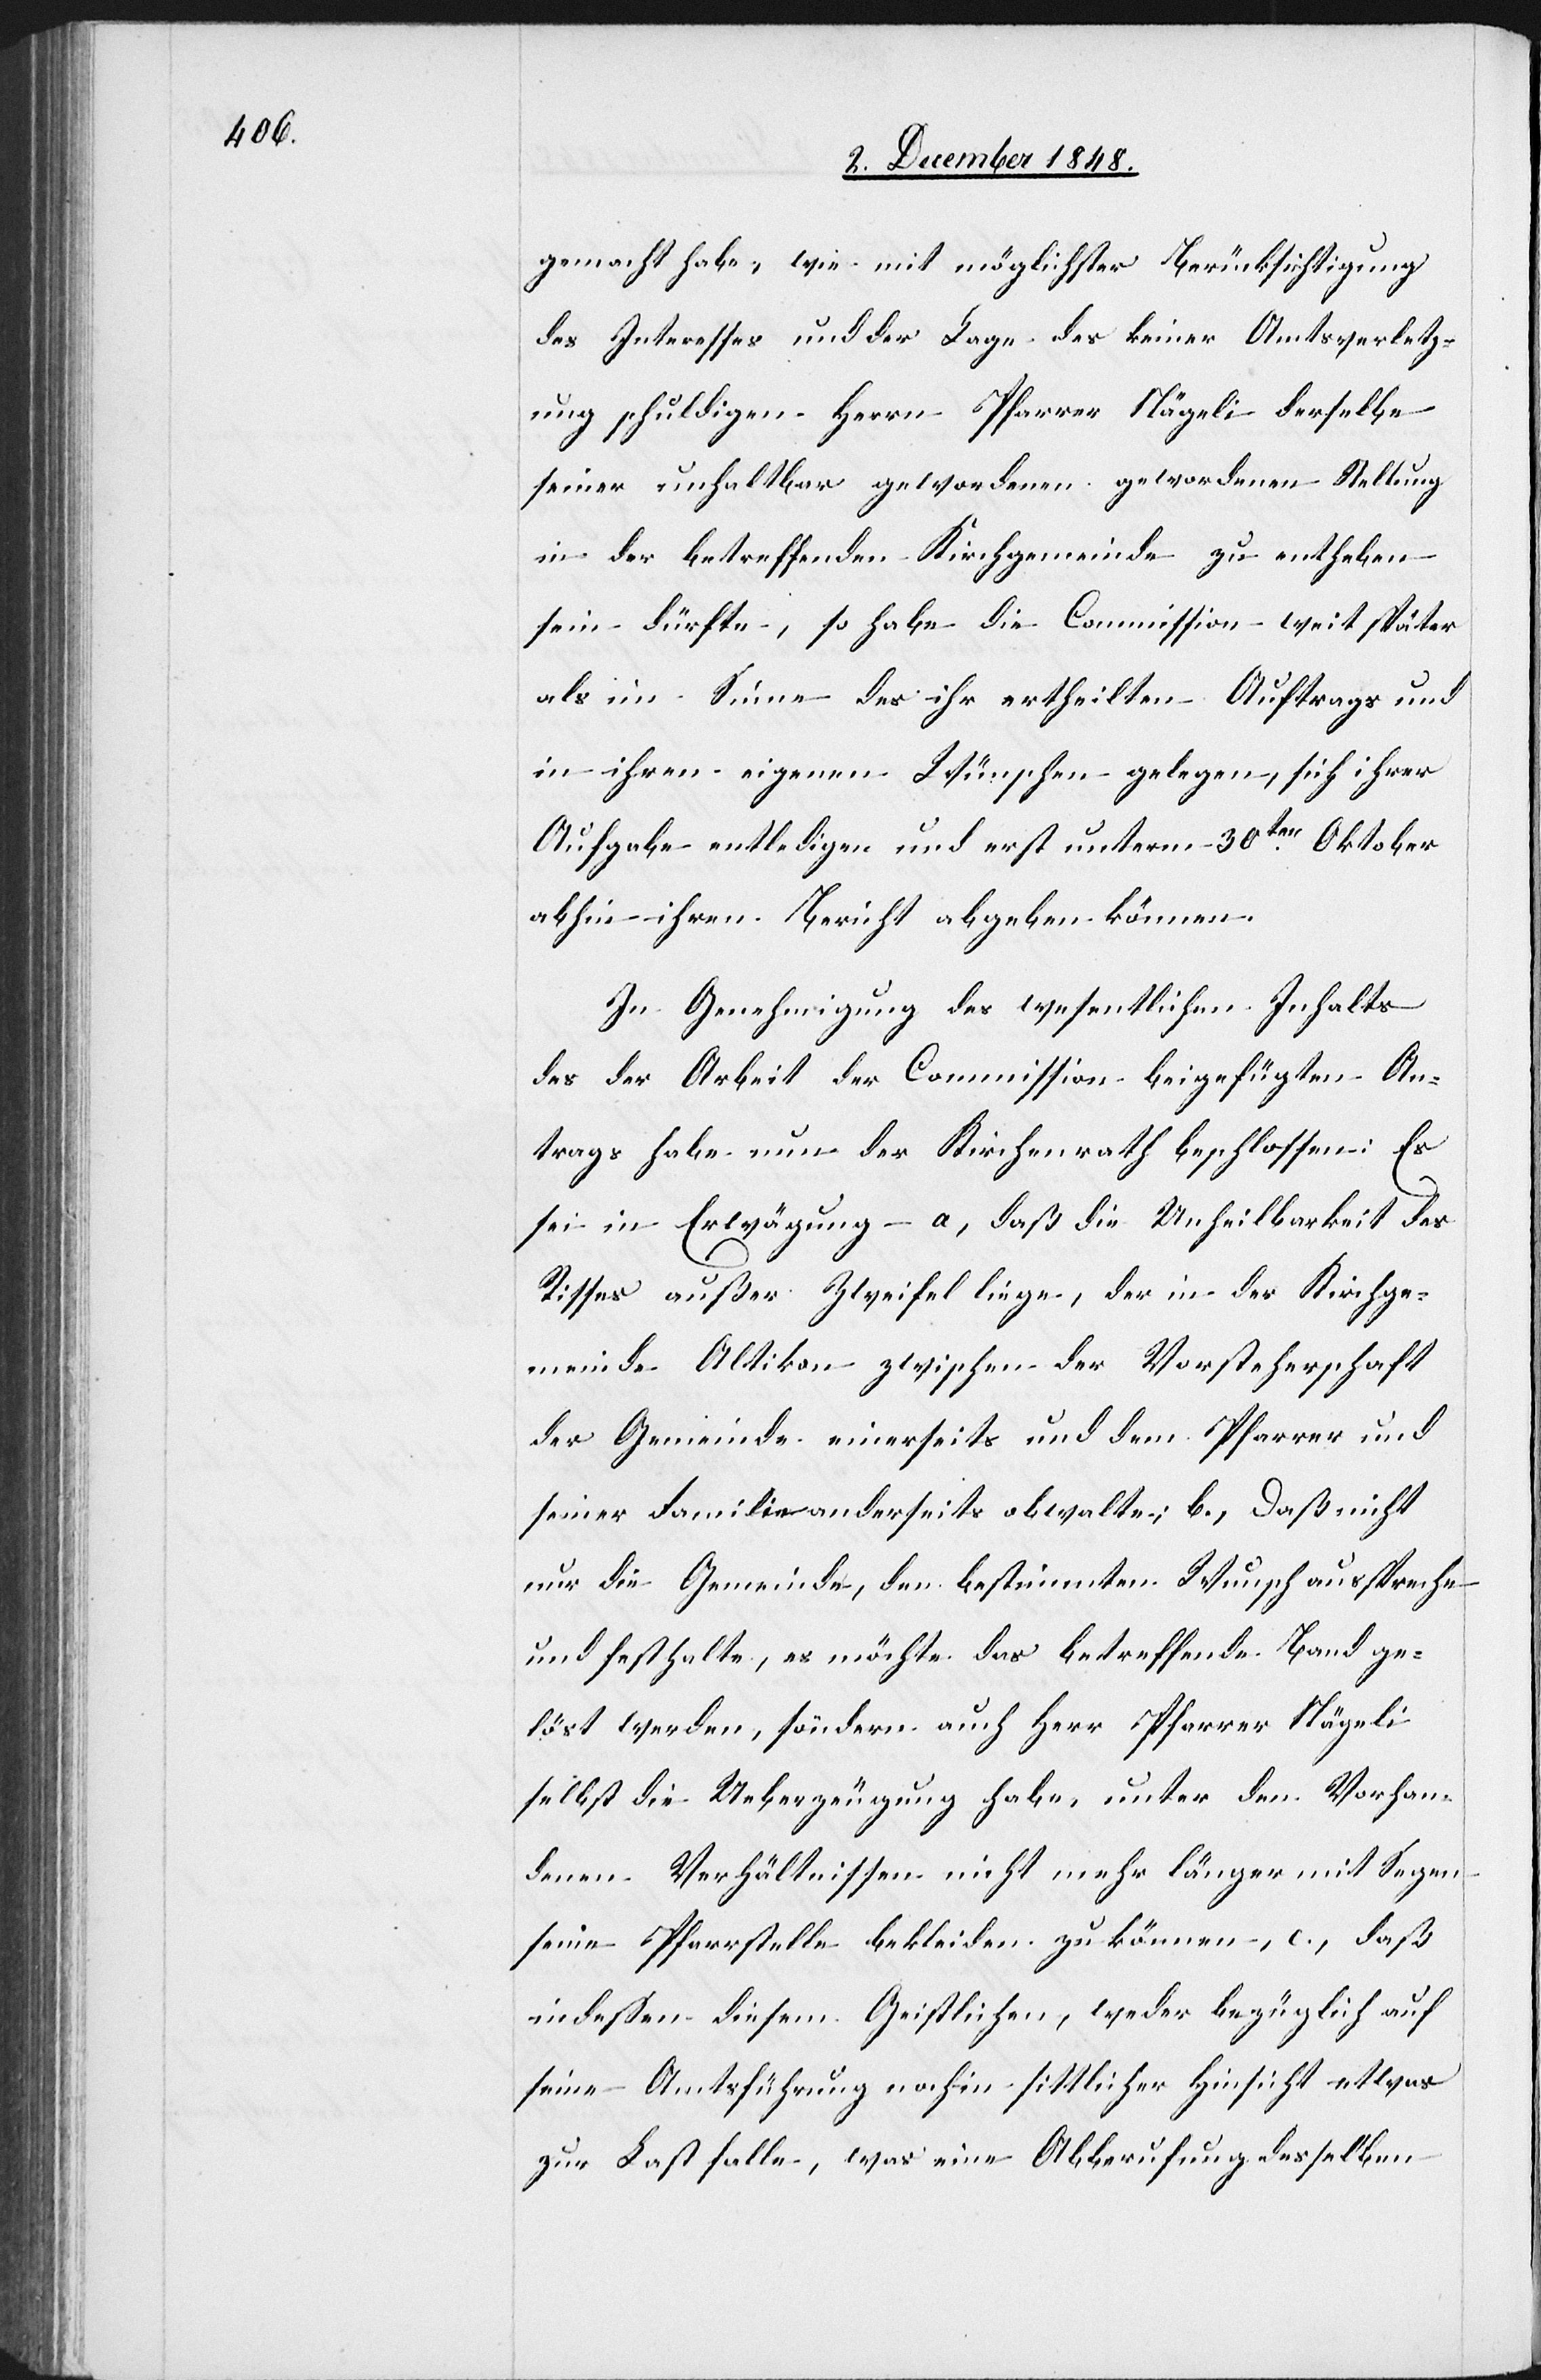
gemacht habe, wie mit möglichster Berücksichtigung
des Interesses und der Lage des keiner Amtsverletz¬
ung schuldigen Herrn Pfarrer Nägeli derselbe
seiner unhaltbar gewordenen gewordenen [sic!] Stellung
in der betreffenden Kirchgemeinde zu entheben
sein dürfte, so habe die Commission weit später
als im Sinne des ihr ertheilten Auftrags und
in ihren eigenen Wünschen gelegen, sich ihrer
Aufgabe entledigen und erst unterm 30ten Oktober
abhin ihren Bericht abgeben können.
In Genehmigung des wesentlichen Inhalts
des der Arbeit der Commission beigefügten An¬
trags habe nun der Kirchenrath beschlossen: Es
sei in Erwägung a. daß die Unheilbarkeit des
Risses außer Zweifel liege, der in der Kirchge¬
meinde Altikon zwischen der Vorsteherschaft
der Gemeinde einerseits und dem Pfarrer und
seiner Familie anderseits obwalte; b. daß nicht
nur die Gemeinde, den bestimmten Wunsch ausspreche
und festhalte, es möchte das betreffende Band ge¬
löst werden, sondern auch Erziehungsrath Pfarrer Nägeli
selbst die Ueberzeugung habe, unter den Vorhan¬
denen Verhältnissen nicht mehr länger mit Segen
seine Pfarrstelle bekleiden zu können, c. daß
indessen diesem Geistlichen, weder bezüglich auf
seine Amtsführung noch in sittlicher Hinsicht etwas
zur Last falle, was eine Abberufung desselben